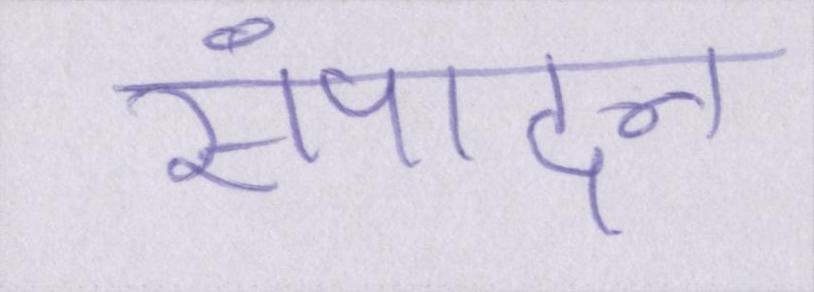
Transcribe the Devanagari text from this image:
संपादन